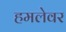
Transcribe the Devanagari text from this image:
हमलेवर